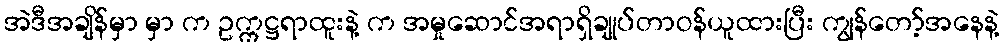
အဲဒီအချိန်မှာ မှာ က ဥက္ကဋ္ဌရာထူးနဲ့ က အမှုဆောင်အရာရှိချုပ်တာဝန်ယူထားပြီး ကျွန်တော့်အနေနဲ့